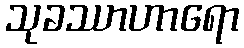
သုခဿာဟာရော